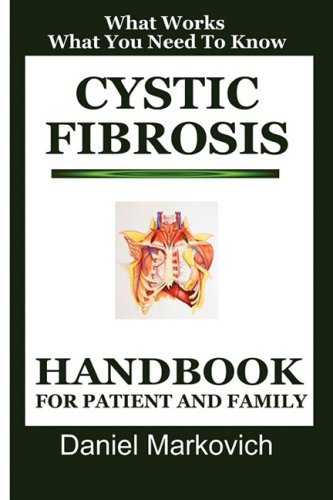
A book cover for Cystic Fibrosis: Handbook for Patient and Family; Health, Fitness & Dieting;